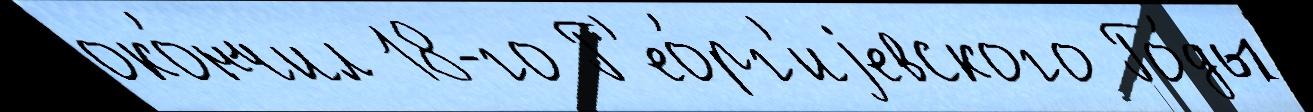
око́нчил 18-го Г'ео́рг'иjевского Го́ды